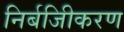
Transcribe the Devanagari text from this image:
निर्बजिीकरण